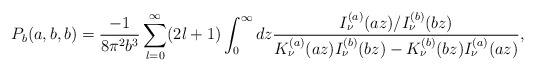
\begin{align*} P_{b}(a,b,b)=\frac{-1}{8\pi^{2}b^{3}}\sum_{l=0}^{\infty}(2l+1)\int_{0}^{\infty} dz\frac{I_{\nu}^{(a)}(az)/I_{\nu}^{(b)}(bz)} {K_{\nu}^{(a)}(az)I_{\nu}^{(b)}(bz)-K_{\nu}^{(b)}(bz)I_{\nu}^{(a)}(az)},\end{align*}